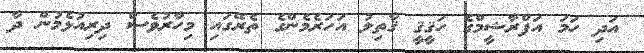
އަދި ހަމަ އަފްރާޝީމްގެ ހަޤީޤީ ޤާތިލު އަހަރެމެންގެ ތެރޭގައި މިހާރުވެސް ދިރިއުޅެމުން ދާ